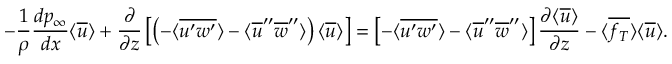
- \frac { 1 } { \rho } \frac { d p _ { \infty } } { d x } \langle \overline { { u } } \rangle + \frac { \partial } { \partial z } \left[ \left( - \langle \overline { { u ^ { \prime } w ^ { \prime } } } \rangle - \langle \overline { { u } } ^ { \prime \prime } \overline { { w } } ^ { \prime \prime } \rangle \right) \langle \overline { { u } } \rangle \right] = \left[ - \langle \overline { { u ^ { \prime } w ^ { \prime } } } \rangle - \langle \overline { { u } } ^ { \prime \prime } \overline { { w } } ^ { \prime \prime } \rangle \right] \frac { \partial \langle \overline { { u } } \rangle } { \partial z } - \langle \overline { { f _ { T } } } \rangle \langle \overline { { u } } \rangle .